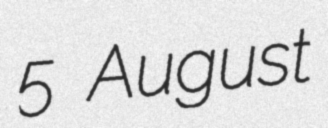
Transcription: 5 August